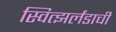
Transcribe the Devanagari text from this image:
स्वित्झर्लंडाची